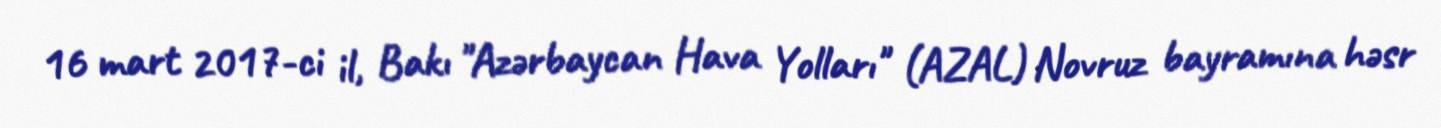
16 mart 2017-ci il, Bakı "Azərbaycan Hava Yolları" (AZAL) Novruz bayramına həsr